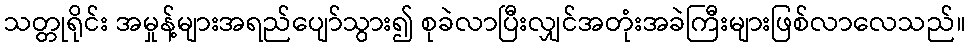
သတ္တုရိုင်း အမှုန့်များအရည်ပျော်သွား၍ စုခဲလာပြီးလျှင်အတုံးအခဲကြီးများဖြစ်လာလေသည်။